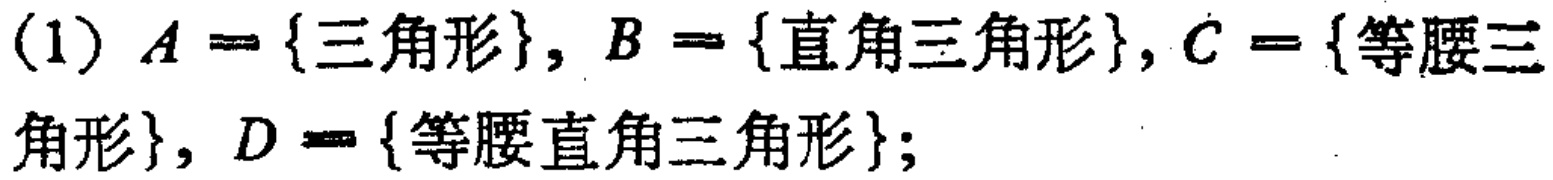
(1) \(A = \{三角形\}, B = \{直角三角形\}, C = \{等腰三角形\}, D = \{等腰直角三角形\}\)